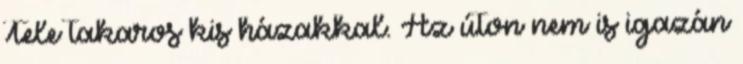
Tele takaros kis házakkal. Az úton nem is igazán